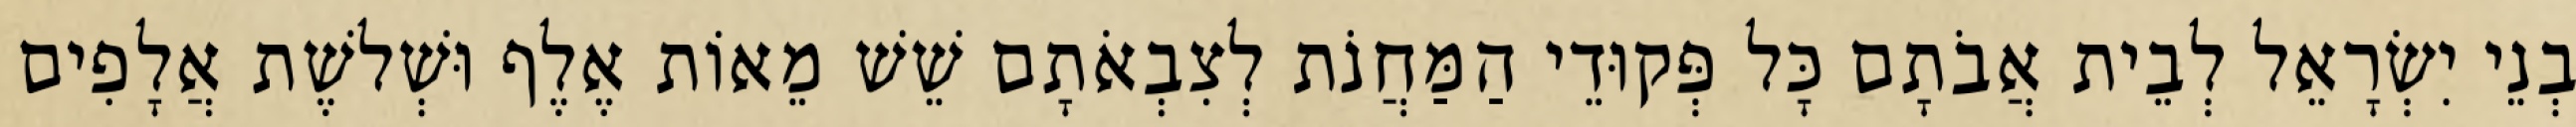
בְנֵי יִשְׂרָאֵל לְבֵית אֲבֹתָם כָּל פְּקוּדֵי הַמַּחֲנֹת לְצִבְאֹתָם שֵׁשׁ מֵאוֹת אֶלֶף וּשְׁלשֶׁת אֲלָפִים